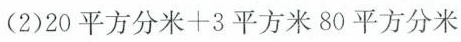
(2)$$2 0 平 方 分 米 + 3 平 方 米 8 0 平 方 分 米$$